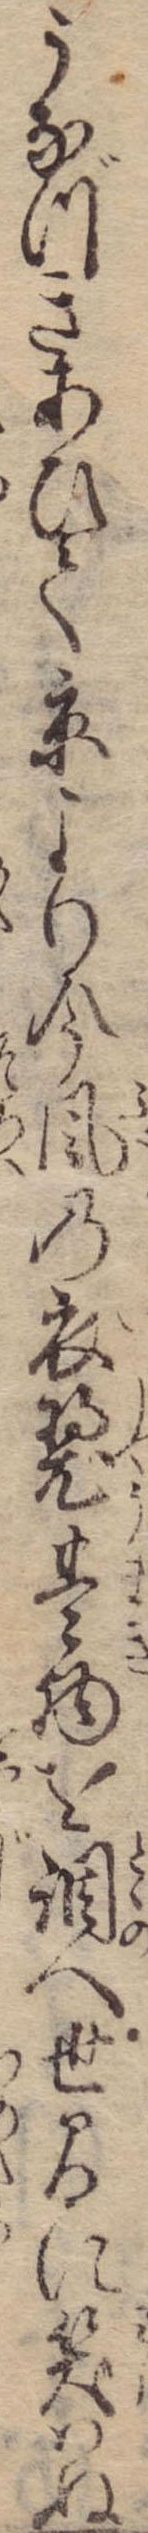
うなづきあひて京より今風の衣巻物を調へ世間に笑はぬ